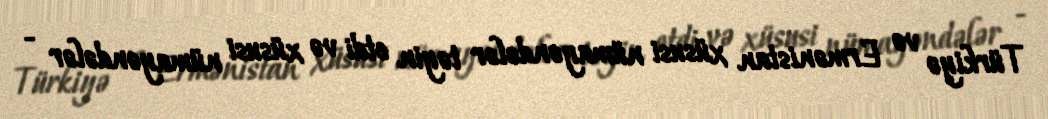
Türkiyə və Ermənistan xüsusi nümayəndələr təyin etdi və xüsusi nümayəndələr -